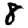
Digit: 8